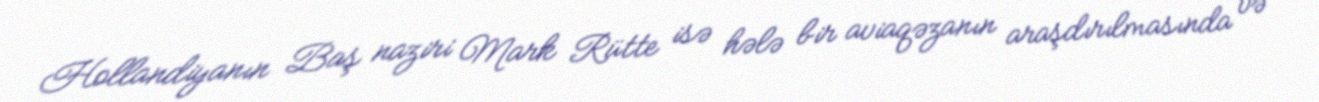
Hollandiyanın Baş naziri Mark Rütte isə hələ bir aviaqəzanın araşdırılmasında və